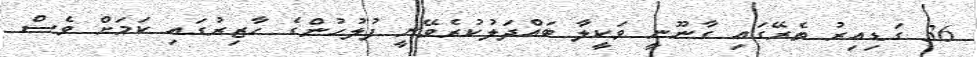
36 ގަޑިއިރު ތެރޭގައި ގާނޫނީ ވަކީލާ ބައްދަލުކުރެވޭނީ ފުލުހުންގެ ހާޒިރުގައި ކަމަށް ވެސް